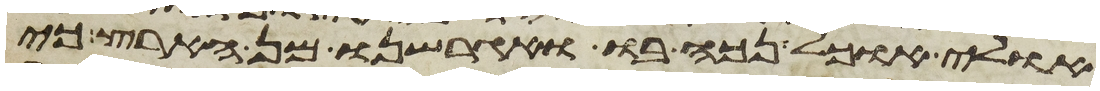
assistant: אולי אוכל נכה בו ואגרשנו מן הארץ כי